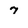
Character: 7